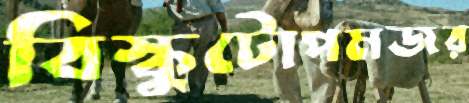
বিস্কুটোপমজর